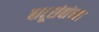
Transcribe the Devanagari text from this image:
बाबूरांवांच्या